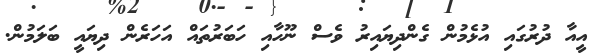
އީއާ ދުރުގައި އުޅެމުން ގެންދިޔައިރު ވެސް ނޫހާއި ހަބަރުތައް އަހަރެން ދިޔައީ ބަލަމުން.